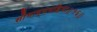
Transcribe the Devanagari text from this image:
सौभाग्यमहिमा॥१६॥